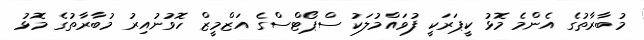
މުބާރާތުގެ އެންމެ މޮޅު ކީޕަރަކީ ފުވައްމުލަކު ސްޕޯޓްސްގެ އަޒްމީޒް ހޮވުނުއިރު މުބާރާތުގެ މޮޅު